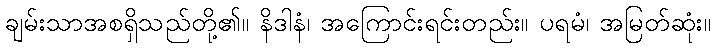
ချမ်းသာအစရှိသည်တို့၏။ နိဒါနံ၊ အကြောင်းရင်းတည်း။ ပရမံ၊ အမြတ်ဆုံး။